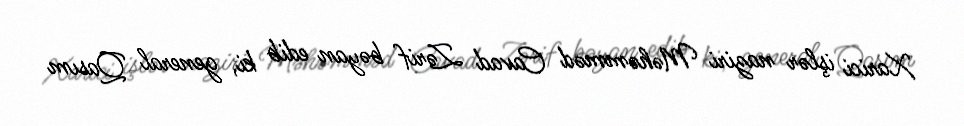
Xarici işlər naziri Məhəmməd Cavad Zərif bəyan edib ki, general Qasım